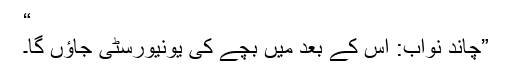
“
”چاند نواب: اس کے بعد میں بچے کی یونیورسٹی جاؤں گا۔